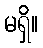
မရှိ။